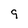
Character: 9